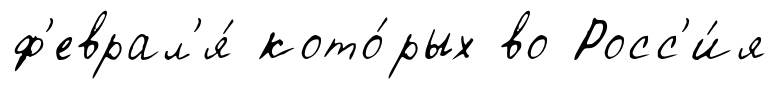
ф'еврал'я́ кото́рых во Росс'и́я